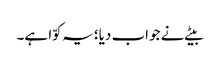
بیٹے نے جواب دیا؛ یہ کوّا ہے۔